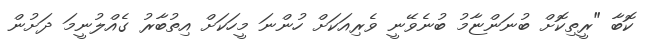
ކޮބާ "ރީތިކޮށް ބުނަންޏާމު ބުނެވޭނީ ވެރިއަކަށް ހުންނަ މީހަކަށް އިތުބާރު ގެއްލުނީމަ ދަށުން